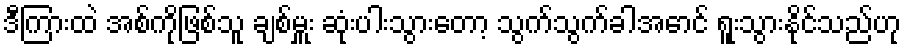
ဒီကြားထဲ အစ်ကိုဖြစ်သူ ချစ်မှူး ဆုံးပါးသွားတော့ သွက်သွက်ခါအောင် ရူးသွားနိုင်သည်ဟု